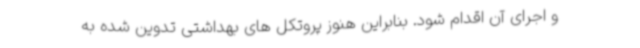
و اجرای آن اقدام شود. بنابراین هنوز پروتکل های بهداشتی تدوین شده به